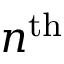
n ^ { \mathrm { t h } }